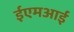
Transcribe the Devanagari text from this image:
ईएमअाई